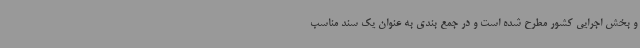
و بخش اجرایی کشور مطرح شده است و در جمع بندی به عنوان یک سند مناسب